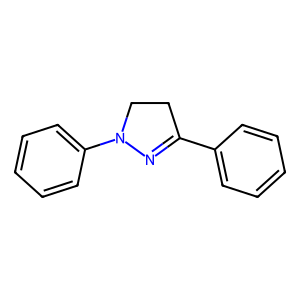
SMILES: c1ccc(C2=NN(c3ccccc3)CC2)cc1
Inhibits HIV replication: No